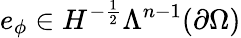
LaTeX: e_{\phi}\in H^{-\frac{1}{2}}\Lambda^{n-1}(\partial\Omega)